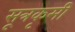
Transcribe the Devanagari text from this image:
सूत्रकृमी